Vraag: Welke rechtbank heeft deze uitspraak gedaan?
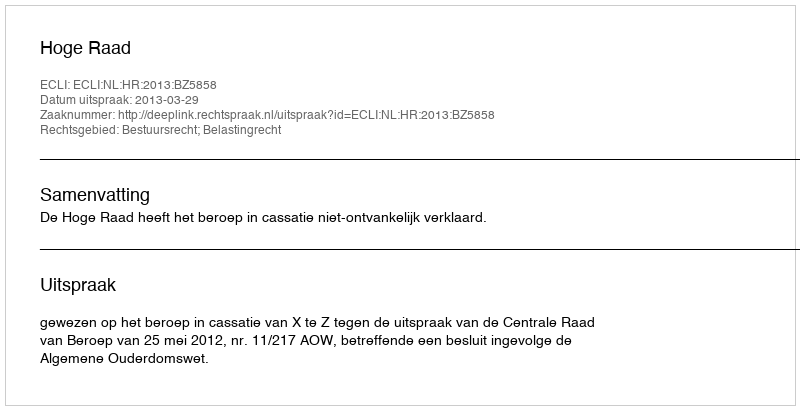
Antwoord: Hoge Raad